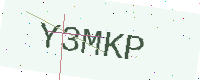
Text: Y3MKP